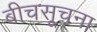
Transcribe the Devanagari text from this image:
बीचसूचना